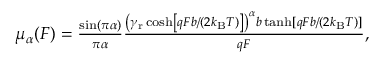
\begin{array} { r } { \mu _ { \alpha } ( F ) = \frac { \sin ( \pi \alpha ) } { \pi \alpha } \frac { \left( \gamma _ { \mathrm { r } } \cosh \left[ q F b / ( 2 k _ { \mathrm { B } } T ) \right] \right) ^ { \alpha } b \operatorname { t a n h } [ q F b / ( 2 k _ { \mathrm { B } } T ) ] } { q F } , } \end{array}